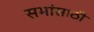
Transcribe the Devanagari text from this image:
सभांसाठी